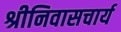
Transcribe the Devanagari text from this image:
श्रीनिवासचार्य